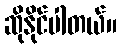
ဆိုနိုင်ပါတယ်။